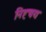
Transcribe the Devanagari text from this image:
निह्चय